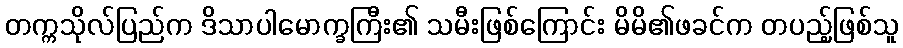
တက္ကသိုလ်ပြည်က ဒိသာပါမောက္ခကြီး၏ သမီးဖြစ်ကြောင်း မိမိ၏ဖခင်က တပည့်ဖြစ်သူ